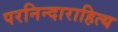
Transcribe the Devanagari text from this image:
परनिन्दाराहित्य